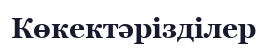
Көкектәрізділер